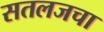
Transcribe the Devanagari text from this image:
सतलजचा